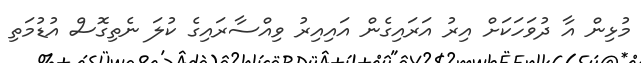
މުޅިން އާ ދުވަހަކަށް އިރު އަރައިގެން އައިއިރު ވިއްސާރައިގެ ކުލަ ނެތިގޮސް އުޑުމަތި